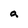
Character: a